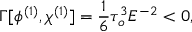
\Gamma [ \phi ^ { ( 1 ) } , \chi ^ { ( 1 ) } ] = { \frac { 1 } { 6 } } \tau _ { o } ^ { 3 } E ^ { - 2 } < 0 ,